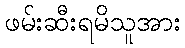
ဖမ်းဆီးရမိသူအား